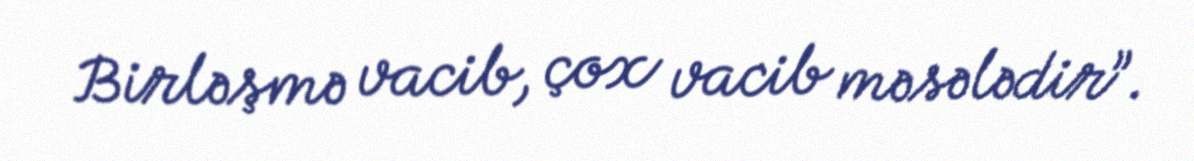
Birləşmə vacib, çox vacib məsələdir”.